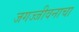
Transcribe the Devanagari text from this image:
जगज्जीवनाचा